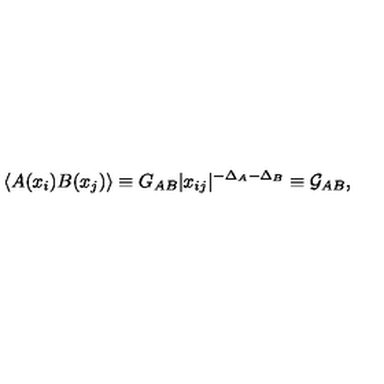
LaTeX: \langle A ( x _ { i } ) B ( x _ { j } ) \rangle \equiv G _ { A B } | x _ { i j } | ^ { - \Delta _ { A } - \Delta _ { B } } \equiv \mathcal { G } _ { A B } ,